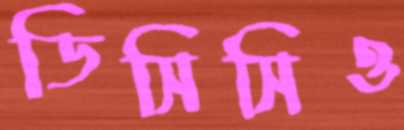
ডিসিসিও